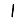
Digit: 1